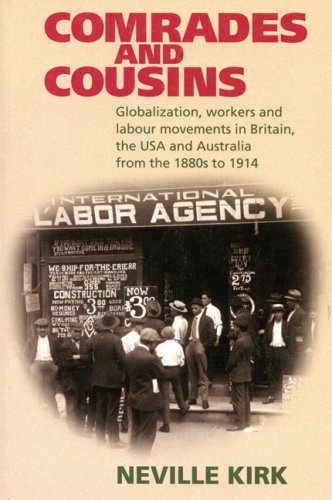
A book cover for Comrades and Cousins: Globalization, Workers and Labour Movements in Britain, the USA and Australia from the 1880s to 1914; Neville Kirk; History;